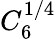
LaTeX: C_{6}^{1/4}